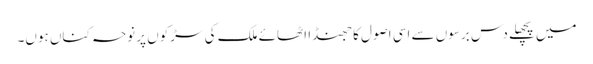
میں پچھلے دس برسوں سے اسی اصول کا جھنڈا اٹھائے ملک کی سڑکوں پر نوحہ کناں ہوں۔